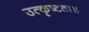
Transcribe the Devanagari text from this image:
उत्कृष्टता॥